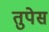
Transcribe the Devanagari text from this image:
तुपेस